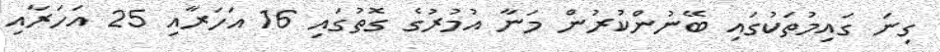
ގިނަ ގައިމުތަކުގައި ބޭނުންކުރުން މަނާ އުމުރުގެ ގޮތުގައި 16 އަހަރާއި 25 އަހަރާއި